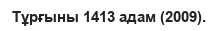
Тұрғыны 1413 адам (2009).